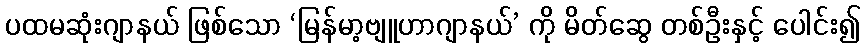
ပထမဆုံးဂျာနယ် ဖြစ်သော ‘မြန်မာ့ဗျူဟာဂျာနယ်’ ကို မိတ်ဆွေ တစ်ဦးနှင့် ပေါင်း၍